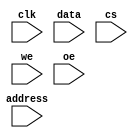
module ram_sp_sr_sw( //single port SRAM
clk ,
address ,
data ,
cs ,
we ,
oe
);
parameter DATA_WIDTH=8;
parameter ADDR_WIDTH=8;
parameter RAM_DEPTH = 1 << ADDR_WIDTH;

input clk;
input [ADDR_WIDTH-1:0]address;
input cs, we, oe;
input [DATA_WIDTH-1:0]data;

reg[DATA_WIDTH-1:0]data_out;
reg[DATA_WIDTH-1:0]mem[0:RAM_DEPTH-1];
reg oe_r;

assign data =(cs&&oe&&!we) ? data_out:8'bz;
always @(posedge clk)
    begin : MEM_WRITE
        if(cs&&we) begin
            mem[address]=data;
        end
    end
always @(posedge clk)
    begin : MEM_READ
        if(cs && !we && oe) begin
            data_out = mem[address];
            oe_r =1;
         end else begin
         oe_r=0;
         end
     end

endmodule